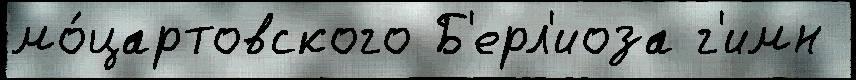
мо́цартовского Б'ерл'иоза г'имн